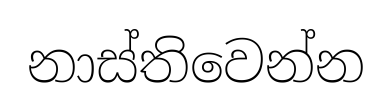
නාස්තිවෙන්න